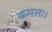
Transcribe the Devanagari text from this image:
कमला।